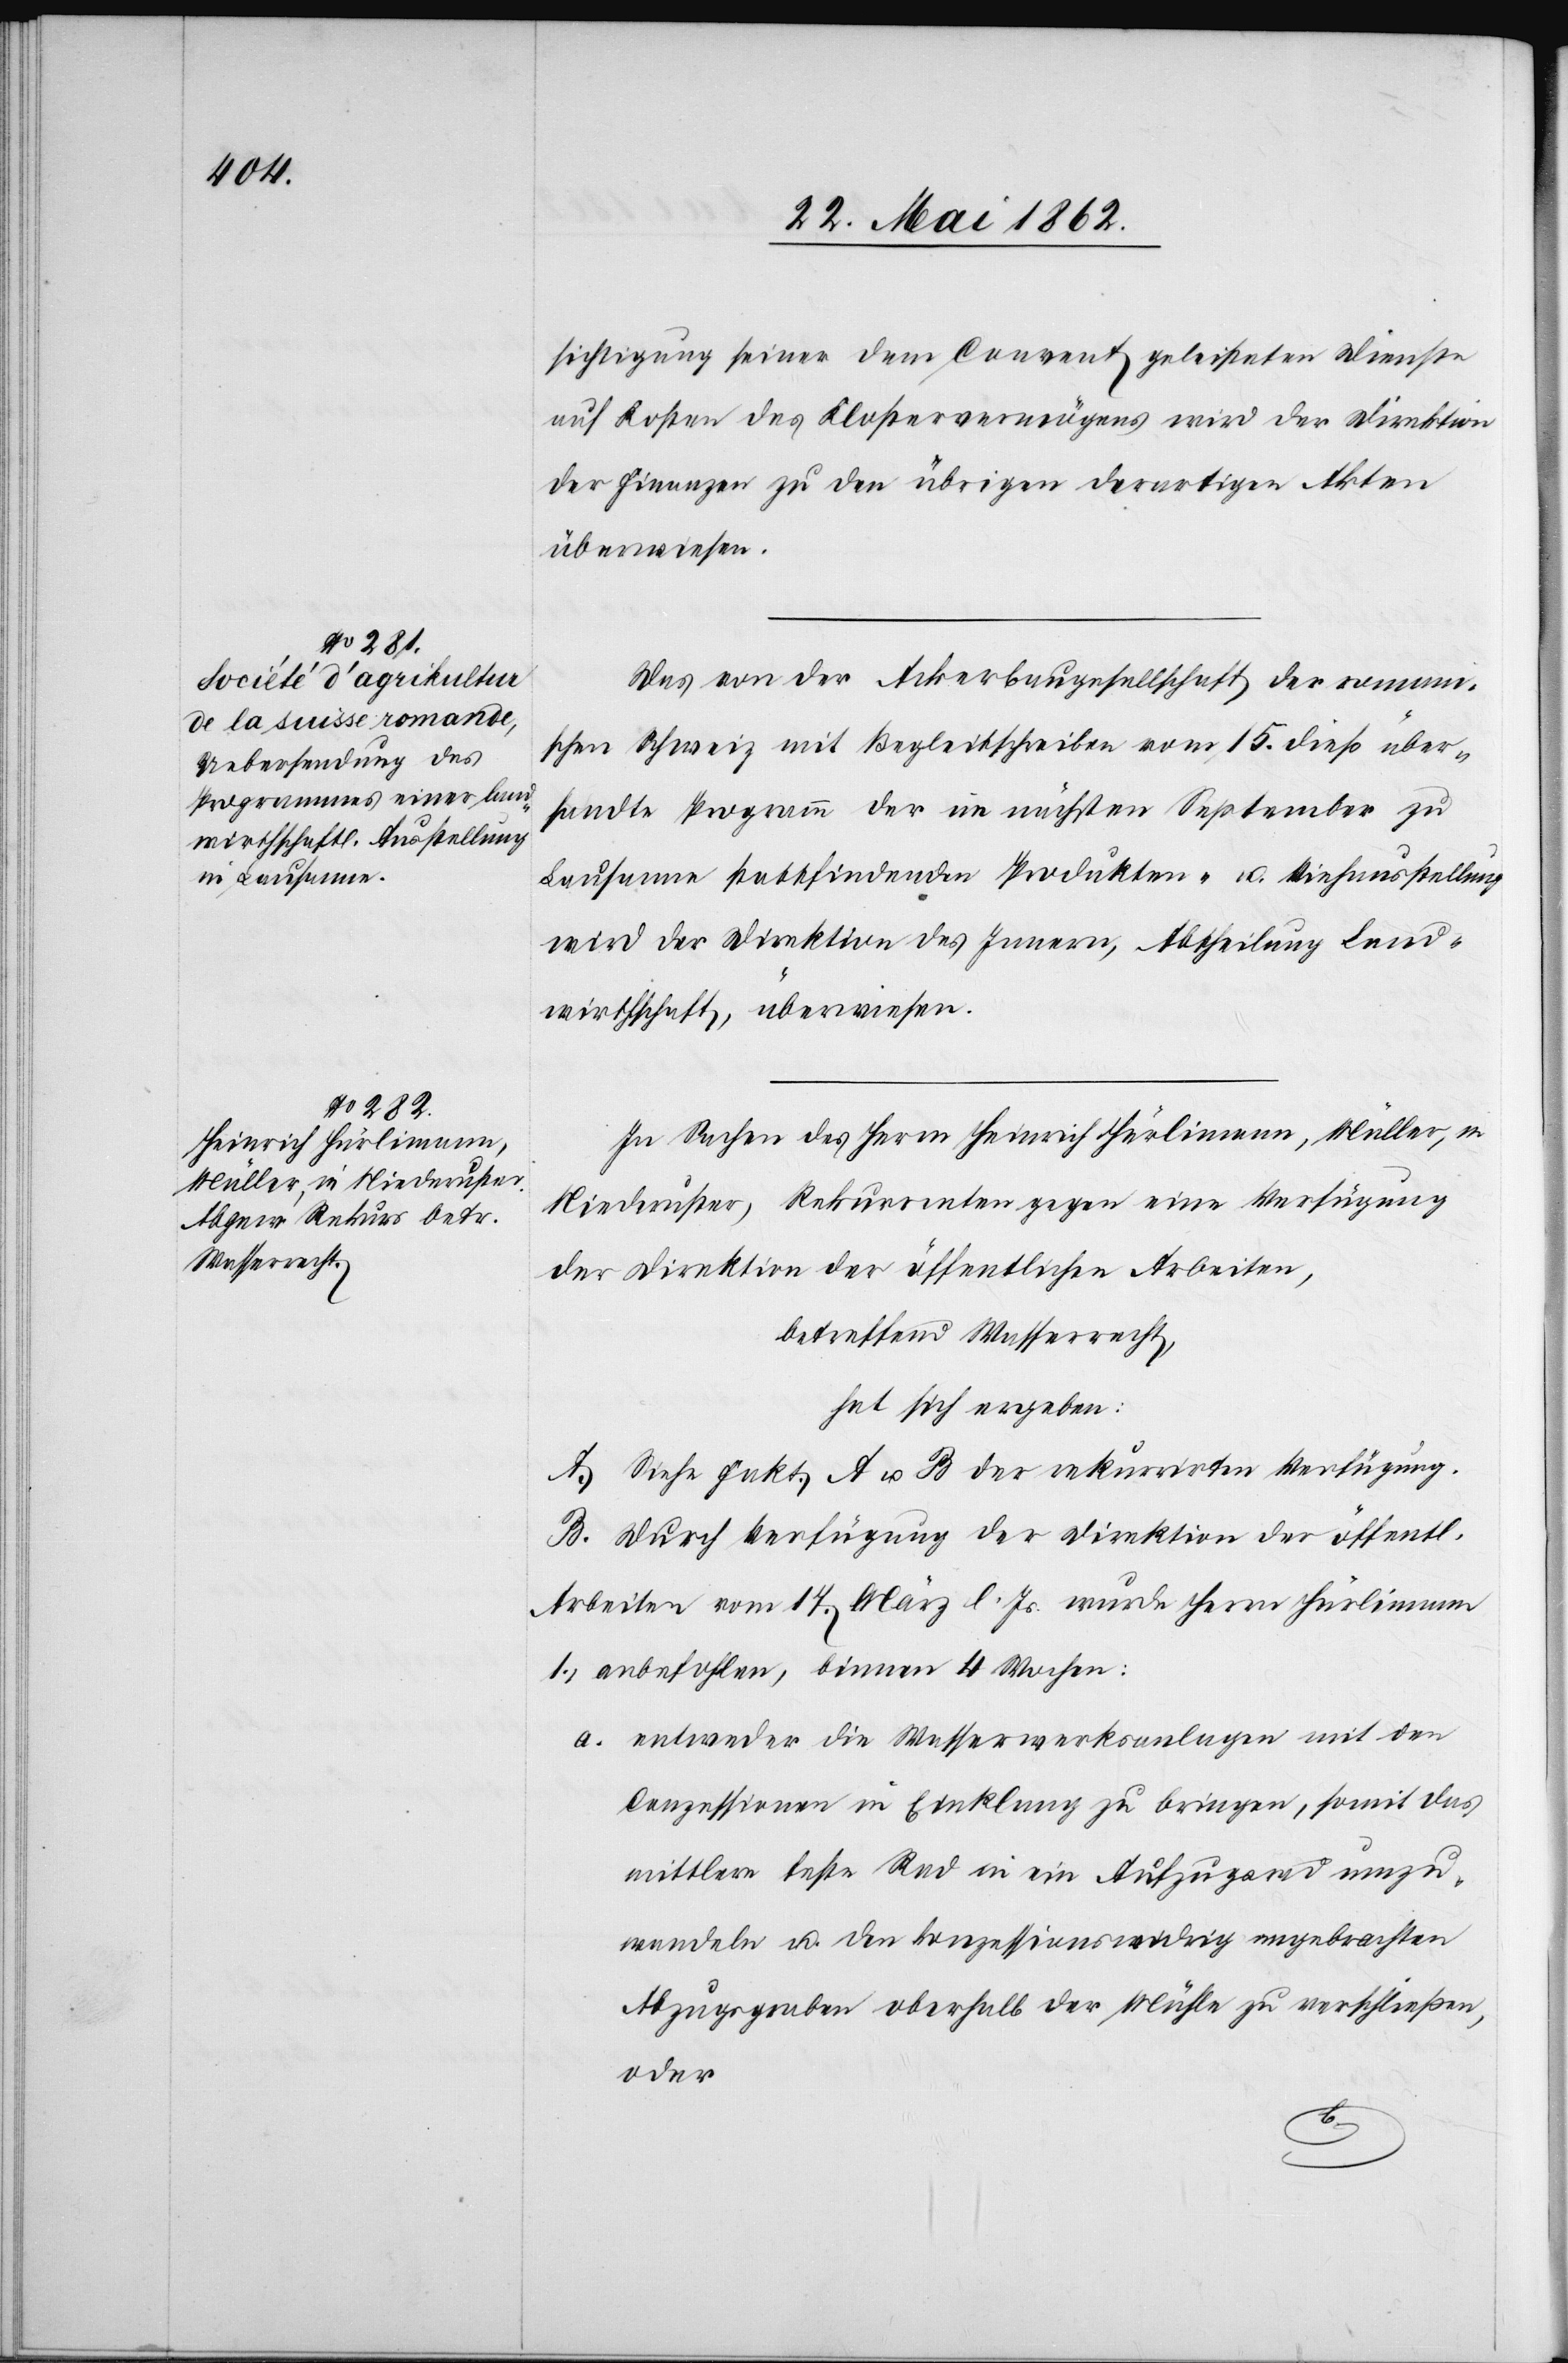
sichtigung seiner dem Convent geleisteten Dienste
auf Kosten des Klostervermögens wird der Direktion
der Finanzen zu den übrigen derartigen Akten
überwiesen.
Das von der Ackerbaugesellschaft der romani¬
schen Schweiz mit Begleitschreiben vom 15. dieß über¬
sandte Programm der im nächsten September zu
Lausanne stattfindenden Produkten- u. Viehausstellung
wird der Direktion des Innern, Abtheilung Land¬
wirthschaft, überwiesen.
In Sachen des Herrn Heinrich Hürlimann, Müller, in
Niederuster, Rekurrenten gegen eine Verfügung
der Direktion der öffentlichen Arbeiten,
betreffend Wasserrecht,
hat sich ergeben:
A. Siehe Fakt. A u. B der rekurrirten Verfügung.
B. Durch Verfügung der Direktion der öffentl.
Arbeiten vom 17. März l. Js. wurde Herrn Hürlimann
1) anbefohlen, binnen 4 Wochen:
a. entweder die Wasserwerksanlagen mit den
Conzessionen in Einklang zu bringen, somit das
mittlere feste Rad in ein Aufzugsrad umzu¬
wandeln u. den konzessionswidrig angebrachten
Abzugsgraben oberhalb der Mühle zu verschließen,
oder